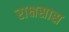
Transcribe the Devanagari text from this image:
राक्षसास